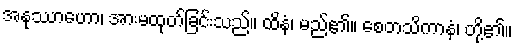
အနုဿာဟော၊ အားမထုတ်ခြင်းသည်။ ထိနံ၊ မည်၏။ စေတသိကာနံ၊ တို့၏။